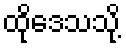
ထိုဒေသသို့